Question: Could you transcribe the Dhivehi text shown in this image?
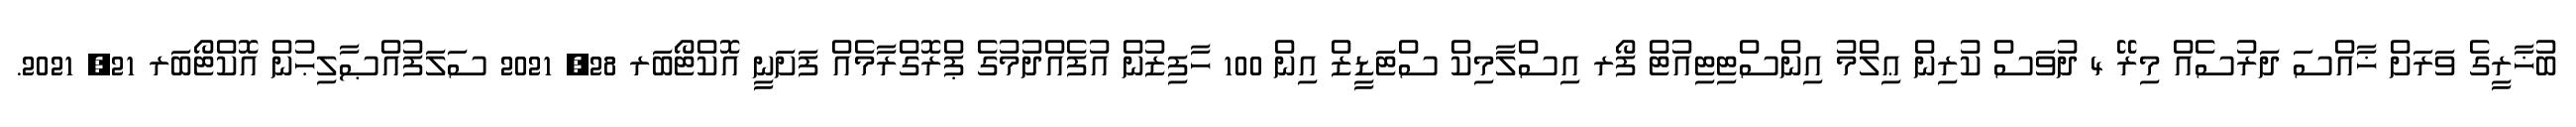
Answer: ބުޚާރީގެ ވަރަށް ޚާއްސަ ދަރުސެއް މިރޭ 4 ދުވަސް ކުރިން ޢިލްމު އިންސްޓިޓިއުޓް ފޯރ އިސްލާމިކް ސްޓަޑީޒް އިން 100 ހާފިޒުން އުފެއްދުމުގެ ޕްރޮގްރާމެއް ފަށަނީ އޮކްޓޯބަރ 28, 2021 ސަލަފުއްޞާލިޙުން އޮކްޓޯބަރ 21, 2021.